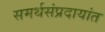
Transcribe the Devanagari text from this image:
समर्थसंप्रदायांत